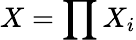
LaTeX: X=\prod X_{i}